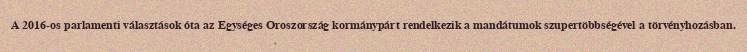
A 2016-os parlamenti választások óta az Egységes Oroszország kormánypárt rendelkezik a mandátumok szupertöbbségével a törvényhozásban.